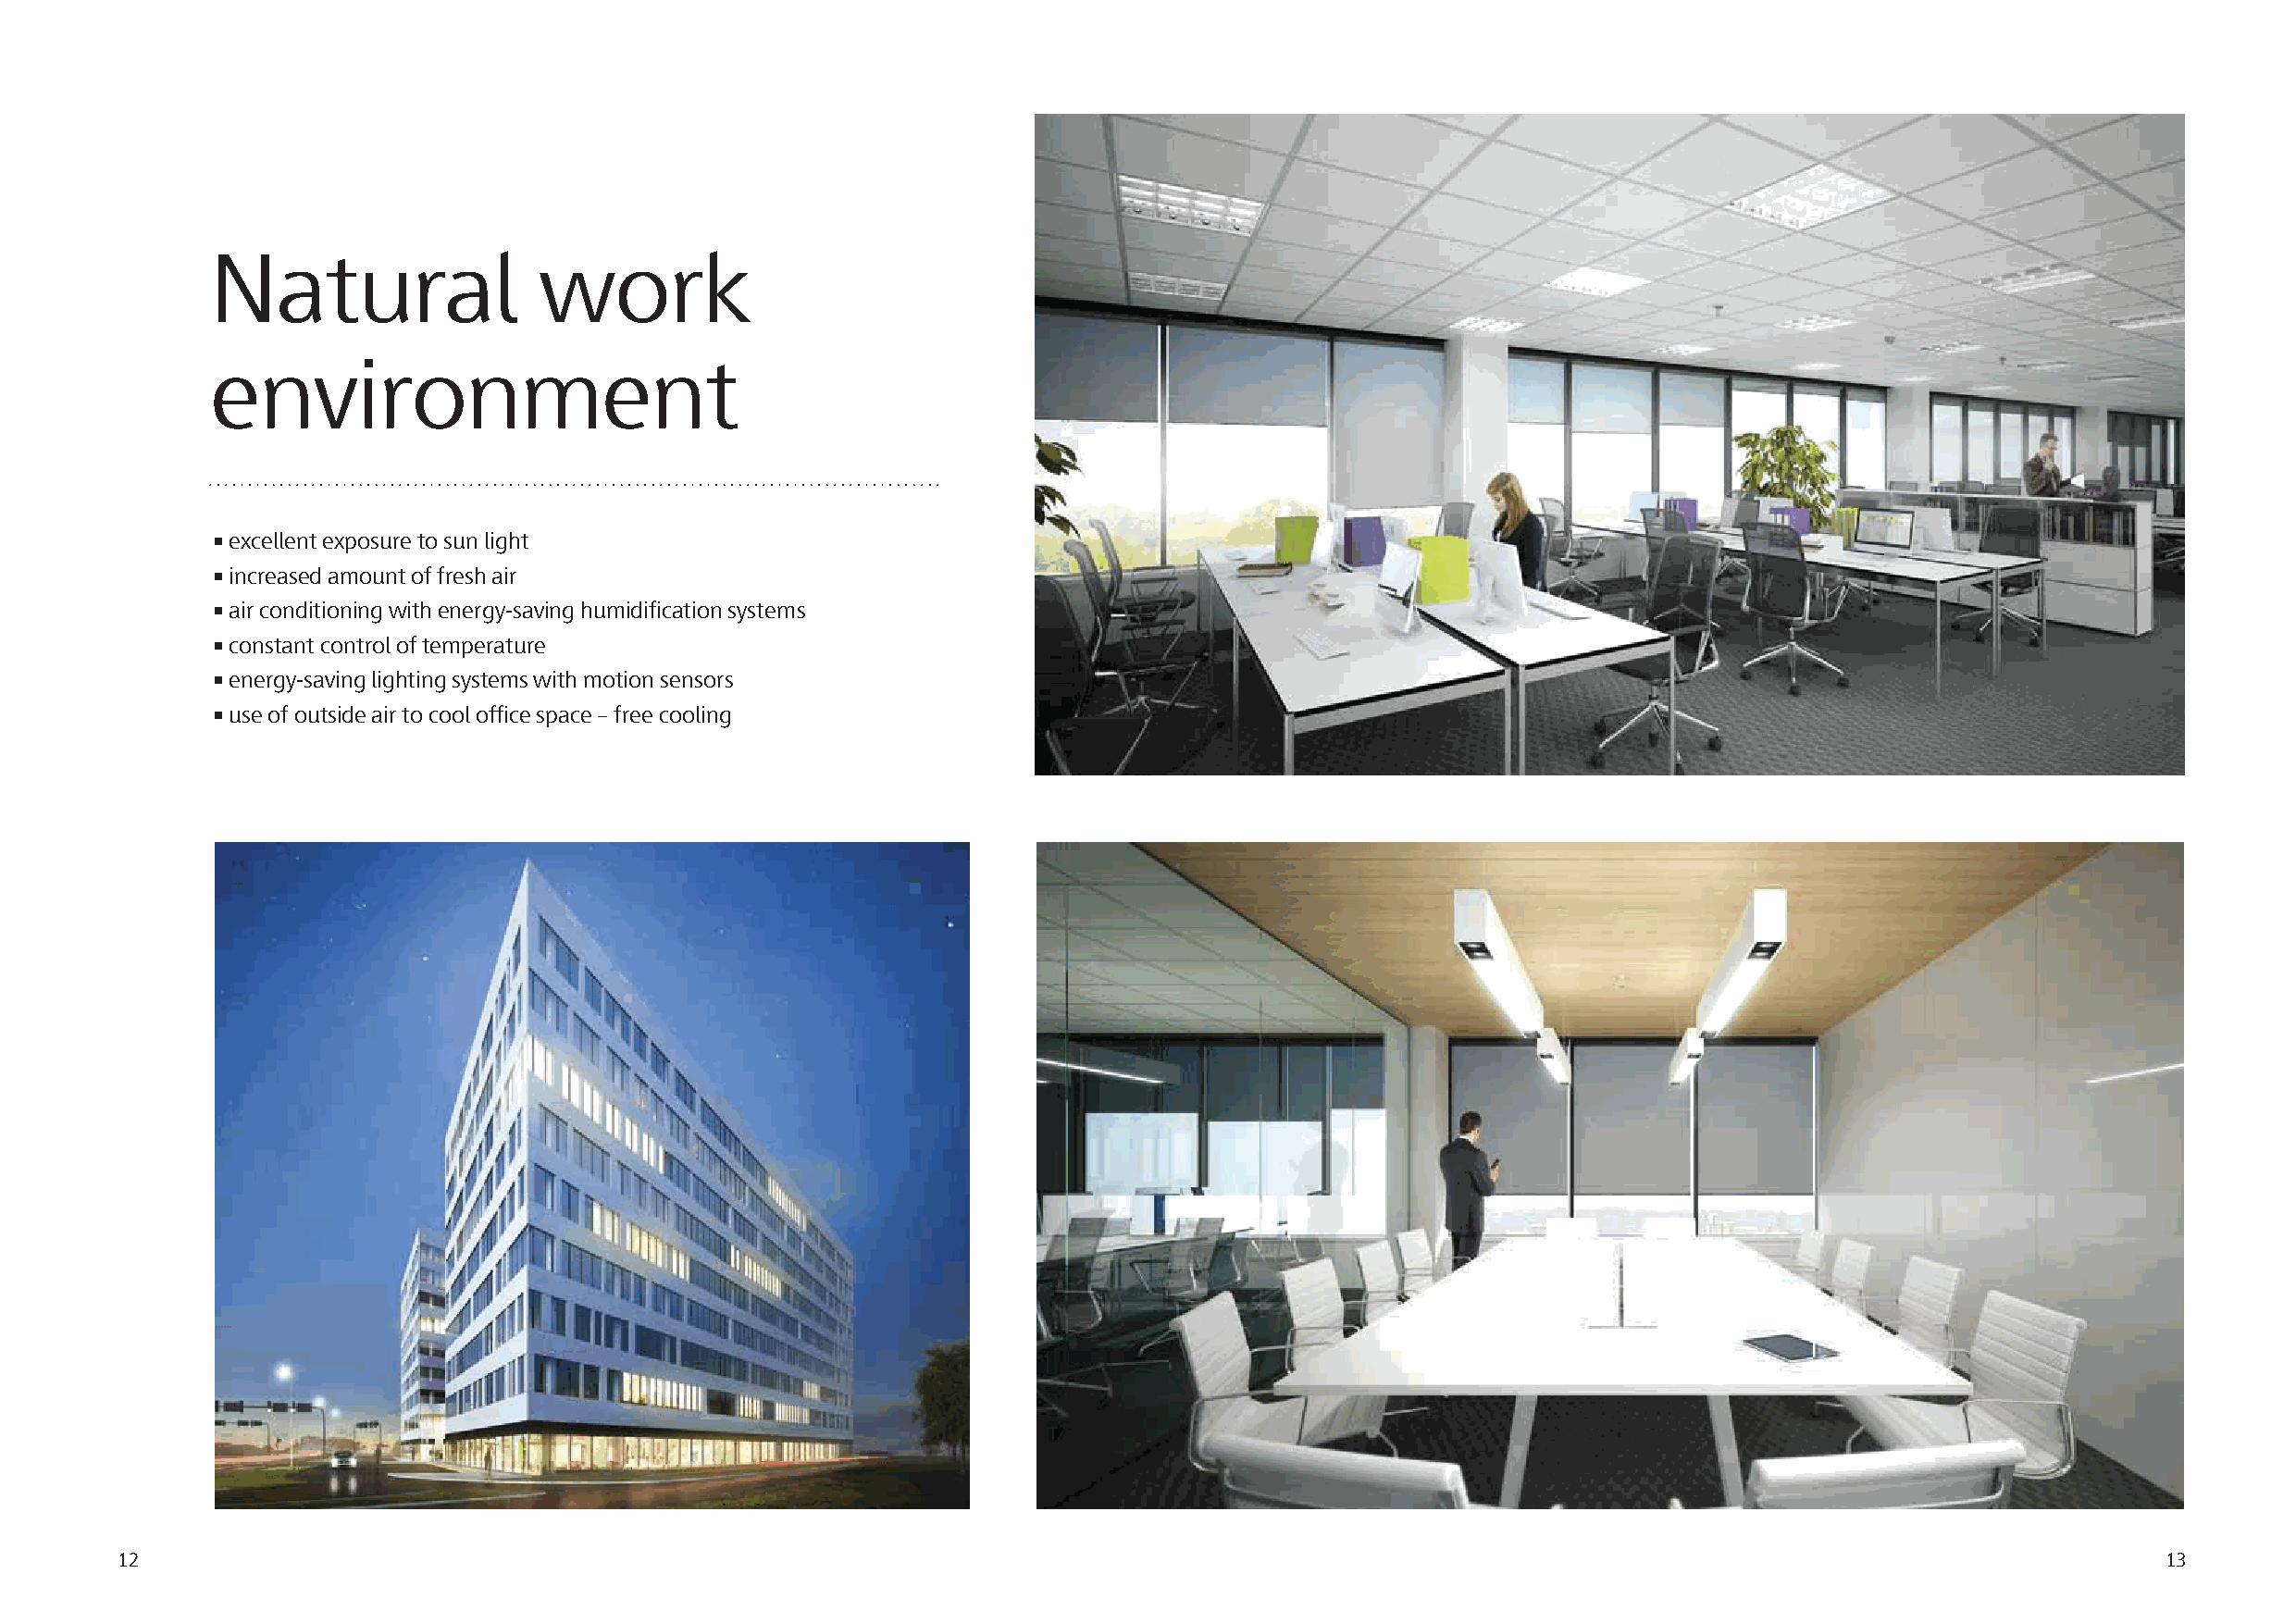
Natural                 work
 environment
 • excellent exposure to sun light
 • increased amount of fresh air
 • air conditioning with energy-saving humidification systems
 • constant control of temperature
 • energy-saving lighting systems with motion sensors
 • use of outside air to cool office space – free cooling
 12                                                                                                                                                 13